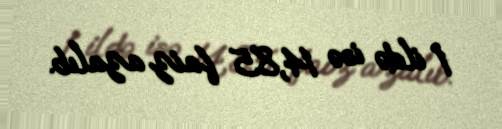
1 ildə isə 14,85 faiz azalıb.